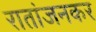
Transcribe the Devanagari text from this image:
रातांजनकर